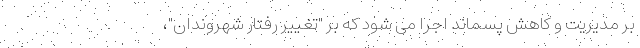
بر مدیریت و کاهش پسماند اجرا می شود که بر "تغییر رفتار شهروندان"،